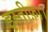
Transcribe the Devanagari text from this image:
इस्तीफ़ा।